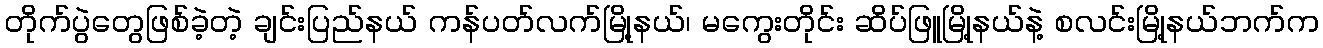
တိုက်ပွဲတွေဖြစ်ခဲ့တဲ့ ချင်းပြည်နယ် ကန်ပတ်လက်မြို့နယ်၊ မကွေးတိုင်း ဆိပ်ဖြူမြို့နယ်နဲ့ စလင်းမြို့နယ်ဘက်က